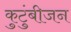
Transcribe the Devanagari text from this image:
कुटुंबीजन